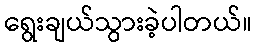
ရွေးချယ်သွားခဲ့ပါတယ်။